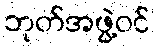
ဘုတ်အဖွဲ့ဝင်